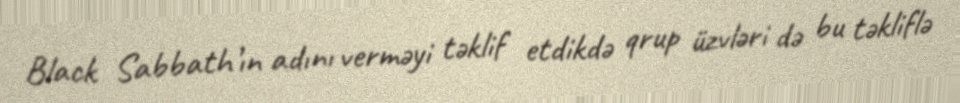
Black Sabbath’ın adını verməyi təklif etdikdə qrup üzvləri də bu təkliflə